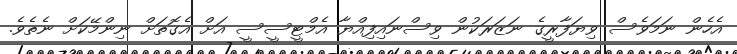
އެހެން ނަމަވެސް ވިޔަފާރީގެ ނަޒަރަކުން ވިސްނައިފިއްޔާ އެމްޓީސީސީ އަށް އެގޮތަށް ނިންމޭކަށް ނެތެވެ.